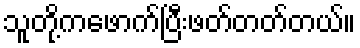
သူတို့ကဖောက်ပြီးဖတ်တတ်တယ်။